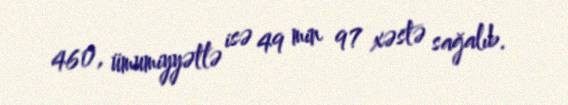
460, ümumiyyətlə isə 49 min 97 xəstə sağalıb.